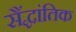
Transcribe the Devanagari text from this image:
सैंद्धांतिक